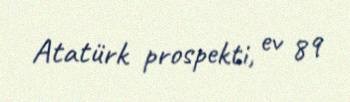
Atatürk prospekti, ev 89